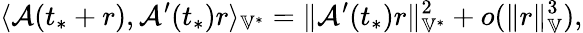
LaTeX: \langle\mathcal{A}(t_{*}+r),\mathcal{A}^{\prime}(t_{*})r\rangle_{\mathbb{V}^{*}}=\| \mathcal{A}^{\prime}(t_{*})r\| _{\mathbb{V}^{*}}^{2}+o(\| r\| _{\mathbb{V}}^{3}),